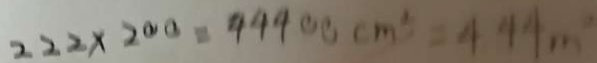
2 2 2 \times 2 0 0 = 4 4 4 0 0 c m ^ { 2 } = 4 4 4 m ^ { 2 }